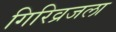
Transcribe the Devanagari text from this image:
गिरिव्रजला